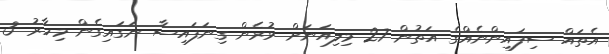
އެތައް ސިފައިންނެއްގެ އަތުން 27 މިލިއަނަށް ވުރެން ގިނަފައިސާ ނަގައިގެން މިހާރު 3